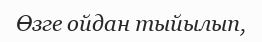
Өзге ойдан тыйылып,